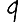
Digit: 9